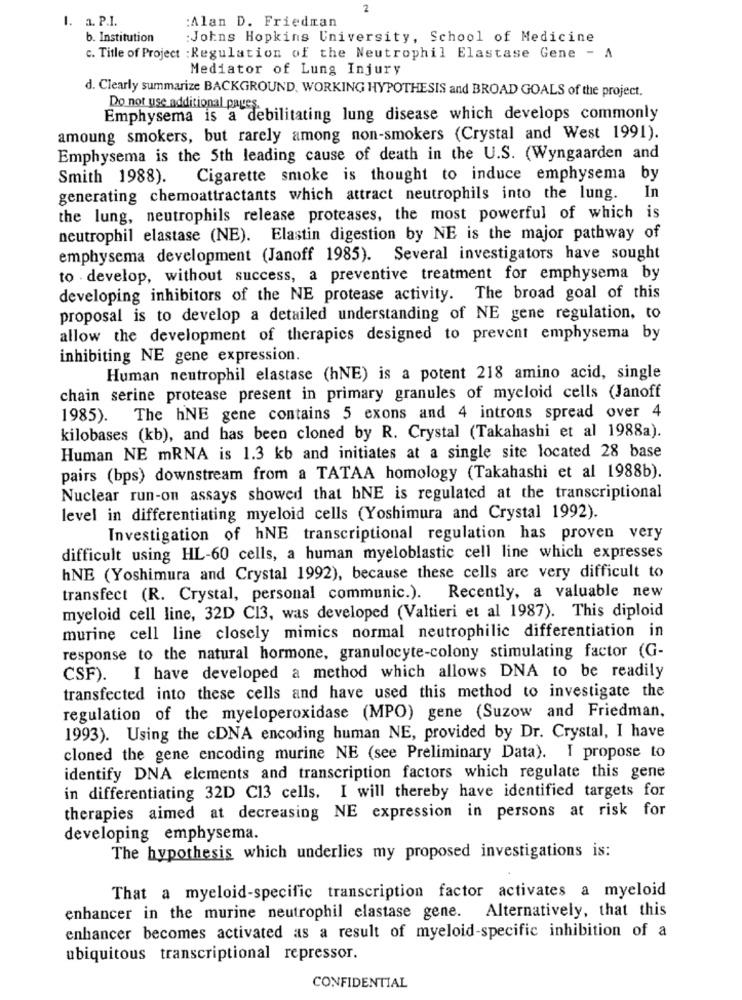
2
1. a. P.I.
:Alan D. Friedman
b. Institution
:Johns Hopkins University, School of Medicine
c. Title of Project : Regulation of the Neutrophil Elastase Gene - A
Mediator of Lung Injury
d. Clearly summarize BACKGROUND, WORKING HYPOTHESIS and BROAD GOALS of the project.
Do not use additional paves.
Emphysema is a debilitating lung disease which develops commonly
amoung smokers, but rarely among non-smokers (Crystal and West 1991).
Emphysema is the 5th leading cause of death in the U.S. (Wyngaarden and
Smith 1988).
Cigarette smoke is thought to induce emphysema by
generating chemoattractants which attract neutrophils into the lung.
In
the lung, neutrophils release proteases, the most powerful of which is
neutrophil elastase (NE). Elastin digestion by NE is the major pathway of
emphysema development (Janoff 1985). Several investigators have sought
to . develop, without success, a preventive treatment for emphysema by
developing inhibitors of the NE protease activity. The broad goal of this
proposal is to develop a detailed understanding of NE gene regulation, to
allow the development of therapics designed to prevent emphysema by
inhibiting NE gene expression.
Human neutrophil elastase (hNE) is a potent 218 amino acid, single
chain serine protease present in primary granules of myeloid cells (Janoff
1985). The hNE gene contains 5 exons and 4 introns spread over 4
kilobases (kb), and has been cloned by R. Crystal (Takahashi et al 1988a).
Human NE mRNA is 1.3 kb and initiates at a single site located 28 base
pairs (bps) downstream from a TATAA homology (Takahashi et al 1988b).
Nuclear run-on assays showed that hNE is regulated at the transcriptional
level in differentiating myeloid cells (Yoshimura and Crystal 1992).
Investigation of hNE transcriptional regulation has proven very
difficult using HL-60 cells, a human myeloblastic cell line which expresses
hNE (Yoshimura and Crystal 1992), because these cells are very difficult to
transfect (R. Crystal, personal communic.). Recently, a valuable new
myeloid cell line, 32D C13, was developed (Valtieri et al 1987). This diploid
murine cell line closely mimics normal neutrophilic differentiation in
response to the natural hormone, granulocyte-colony stimulating factor (G-
CSF). I have developed a method which allows DNA to be readily
transfected into these cells and have used this method to investigate the
regulation of the myeloperoxidase (MPO) gene (Suzow and Friedman,
1993). Using the cDNA encoding human NE, provided by Dr. Crystal, I have
cloned the gene encoding murine NE (see Preliminary Data). I propose to
identify DNA elements and transcription factors which regulate this gene
in differentiating 32D C13 cells. I will thereby have identified targets for
therapies aimed at decreasing NE expression in persons at risk for
developing emphysema.
The hypothesis which underlies my proposed investigations is:
That a myeloid-specific transcription factor activates a myeloid
enhancer in the murine neutrophil elastase gene. Alternatively, that this
enhancer becomes activated as a result of myeloid-specific inhibition of a
ubiquitous transcriptional repressor.
CONFIDENTIAL